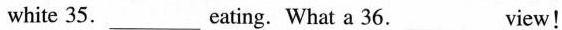
white 35.___Eating. What a 36.___View!